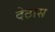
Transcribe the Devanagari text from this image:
देठास